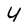
Character: U